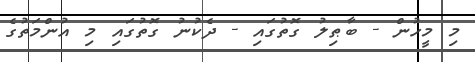
މި މީހުން - ބާޠިލު ގޮތުގައި - ދެކުނު ގޮތުގައި މި އުންމަތުގެ